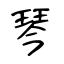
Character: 琴